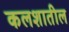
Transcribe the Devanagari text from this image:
कलशातील